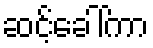
ဆင့်ခေါ်ကာ